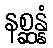
နစ္ဆန္နံ